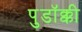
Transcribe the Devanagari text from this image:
पुडॉक्की